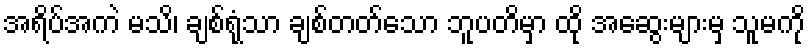
အရိပ်အကဲ မသိ၊ ချစ်ရုံသာ ချစ်တတ်သော ဘူပတိမှာ ထို အဆွေးများမှ သူမကို